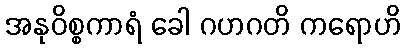
အနုဝိစ္စကာရံ ခေါ ဂဟဂတိ ကရောဟိ